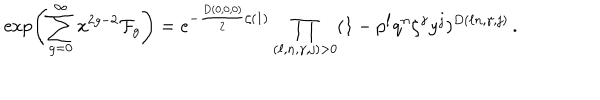
\exp \left( \sum _ { g = 0 } ^ { \infty } x ^ { 2 g - 2 } \mathcal { F } _ { g } \right) = e ^ { - \frac { D ( 0 , 0 , 0 ) } { 2 } \zeta ( 1 ) } \prod _ { ( \ell , n , \gamma , j ) > 0 } ( 1 - p ^ { \ell } q ^ { n } \zeta ^ { \gamma } y ^ { j } ) ^ { D ( \ell n , \gamma , j ) } \, .